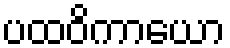
ပထဝိကာယော